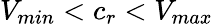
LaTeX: V_{min}<c_{r}<V_{max}